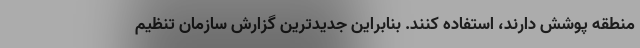
منطقه پوشش دارند، استفاده کنند. بنابراین جدیدترین گزارش سازمان تنظیم